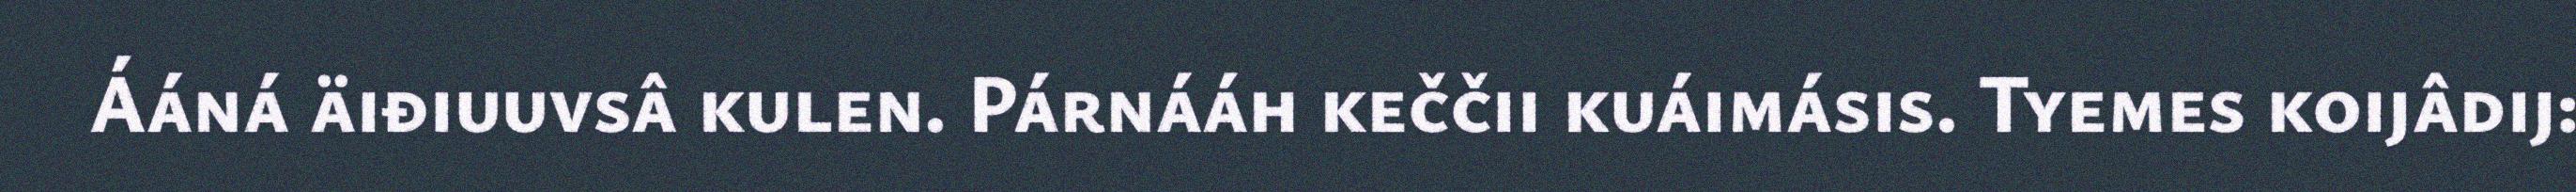
Ááná äiđiuuvsâ kulen. Párnááh keččii kuáimásis. Tyemes koijâdij: